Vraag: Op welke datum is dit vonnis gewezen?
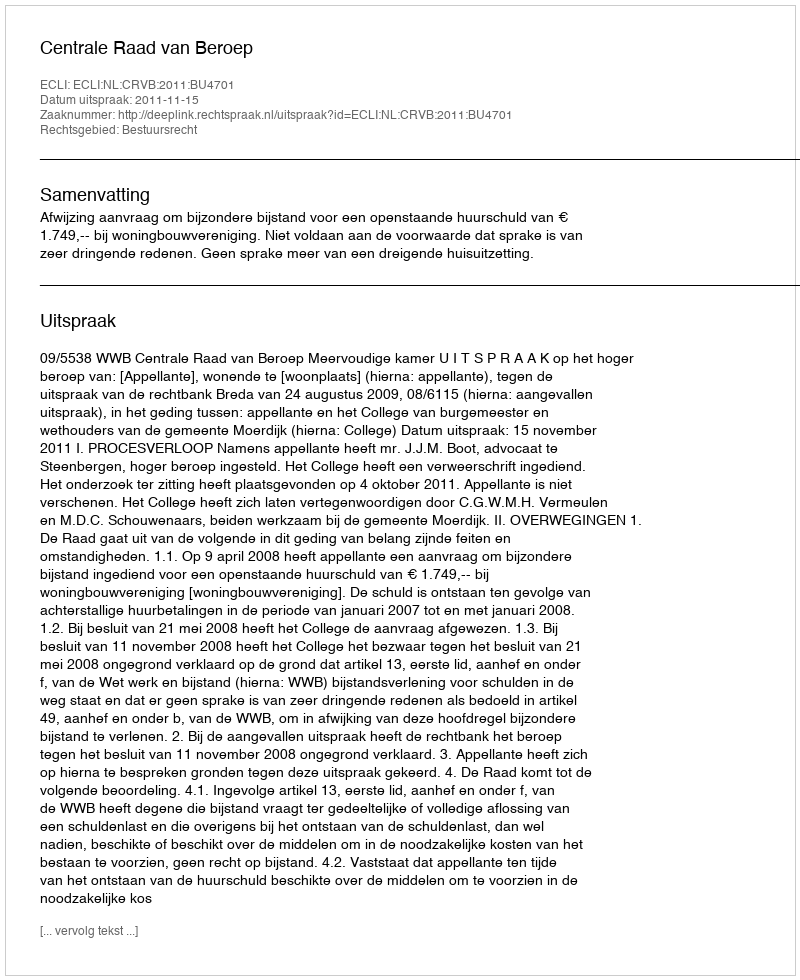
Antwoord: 2011-11-15